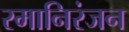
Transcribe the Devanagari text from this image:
रमानिरंजन